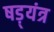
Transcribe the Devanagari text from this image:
षड़्यंत्र